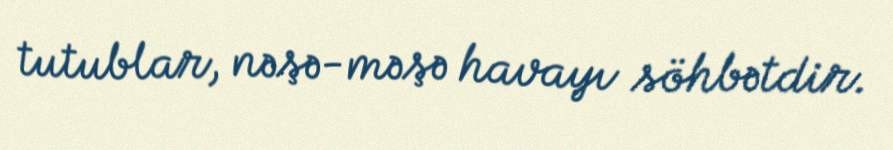
tutublar, nəşə-məşə havayı söhbətdir.